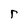
Character: r